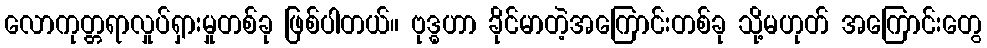
လောကုတ္တရာလှုပ်ရှားမှုတစ်ခု ဖြစ်ပါတယ်။ ဗုဒ္ဓဟာ ခိုင်မာတဲ့အကြောင်းတစ်ခု သို့မဟုတ် အကြောင်းတွေ